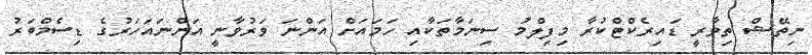
ނިތޭޝް ތިވާރީ ޑައިރެކްޓްކުރާ މިފިލްމު ސިނަމާތަކާއި ހަމައަށް އަންނަ ވަރުވާނީ އަންނައަހަރުގެ ޑިސެމްބަރު